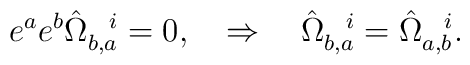
e^ae^b\hat\Omega^{~~i}_{b,a}=0, \quad \Rightarrow \quad\hat\Omega^{~~i}_{b,a}=\hat\Omega^{~~i}_{a,b}.